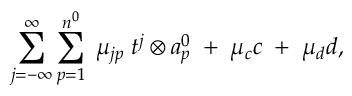
\sum _ { j = - \infty } ^ { \infty } \sum _ { p = 1 } ^ { n ^ { 0 } } \; \mu _ { j p } \; t ^ { j } \otimes a _ { p } ^ { 0 } \; + \; \mu _ { c } c \; + \; \mu _ { d } d ,